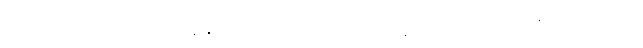
ဒီသီတင်းပတ်ထဲမှာ စပိန်နိုင်ငံရဲ့ မြို့တော်မှာ အပူချိန် ၄၄ ဒီဂရီ စဲလ်စီးယပ်စ်အထိ